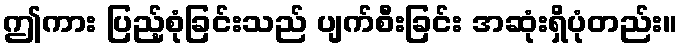
ဤကား ပြည့်စုံခြင်းသည် ပျက်စီးခြင်း အဆုံးရှိပုံတည်း။